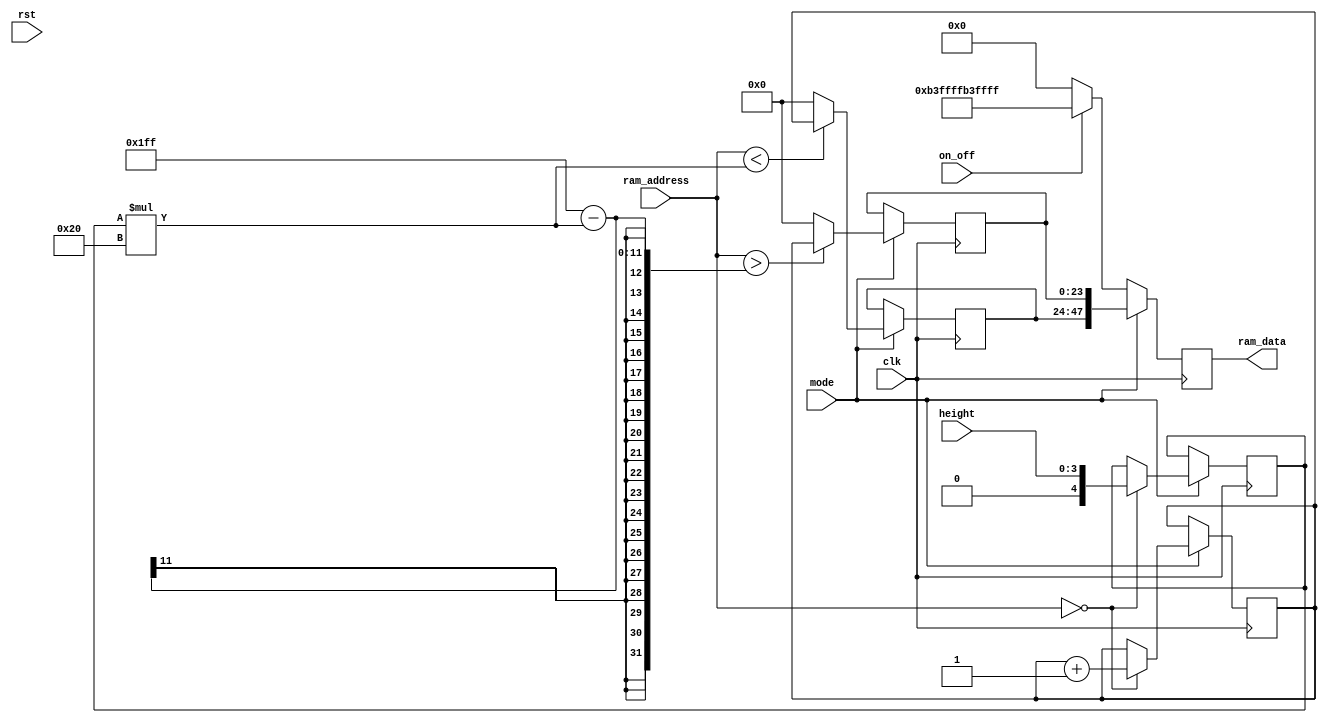
module animationV(clk, rst, height, ram_address, ram_data, mode, on_off);
input clk, rst, mode, on_off; //0 is home mode; 1 is party mode 
input [8:0] ram_address;
output reg [47:0] ram_data;
reg [23:0] top, bottom;

input[3:0] height;
reg [4:0] inner_height;
reg [23:0] color;
reg addsub;
//parameter height = 9;
initial begin
top<=0;
bottom<=0;
ram_data <=0;
inner_height<=0;
color<=0;
addsub<=0;
end

//Top half of panel is controlled by last 24 bits of ram_data

always @ (posedge clk) begin

if ( mode == 1'b1) begin
	if (ram_address == 0) begin
		color<= color+1'b1;
		inner_height<={0,height};
	end
	bottom <= {24{1'b0}};
	top <= {24{1'b0}};

	if (ram_address > 512 - 1 - $unsigned(inner_height)* 32 ) begin
		top <= color;
		//bottom <= {24{1'b0}};
	end
	if (ram_address < $unsigned(inner_height) * 32) begin
		//top <= {24{1'b0}};
		bottom <= color;
	end
	
	ram_data <= {bottom, top};
end 
	
else begin
	if (on_off == 1'b1) begin
		ram_data <= {8'd179, 8'd255, 8'd255, 8'd179, 8'd255, 8'd255};
	end
	else begin
		ram_data <= 48'b0;
	end
end
	
end

endmodule